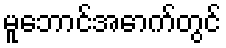
မူဘောင်အောက်တွင်